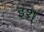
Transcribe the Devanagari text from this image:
इश्